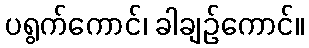
ပရွက်ကောင်၊ ခါချဉ်ကောင်။